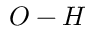
O - H